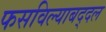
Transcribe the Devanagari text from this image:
फसविल्याबद्दल